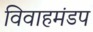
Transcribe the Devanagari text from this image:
विवाहमंडप